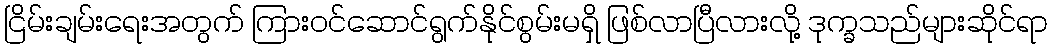
ငြိမ်းချမ်းရေးအတွက် ကြားဝင်ဆောင်ရွက်နိုင်စွမ်းမရှိ ဖြစ်လာပြီလားလို့ ဒုက္ခသည်များဆိုင်ရာ